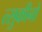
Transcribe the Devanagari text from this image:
त्सुकीनो